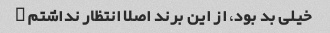
خیلی بد بود، از این برند اصلا انتظار نداشتم …